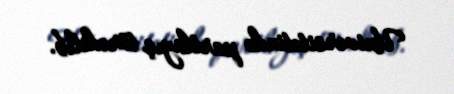
Universitetində partlayış törədilib.